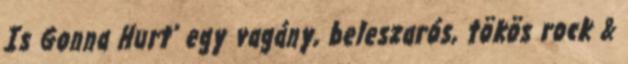
Is Gonna Hurt’ egy vagány, beleszarós, tökös rock &